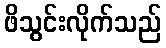
ဖိသွင်းလိုက်သည်